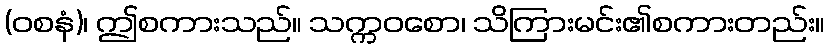
(ဝစနံ)၊ ဤစကားသည်။ သက္ကဝစော၊ သိကြားမင်း၏စကားတည်း။